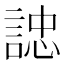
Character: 䛱